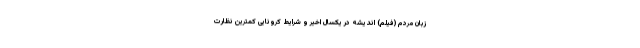
زبان مردم (فیلم) اندیشه در یکسال اخیر و شرایط کرونایی کمترین نظارت